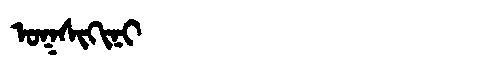
Manchu: ᠣᡴᠰᡳᡴᡳᠨᡳ
Romanization: OKSIKINI